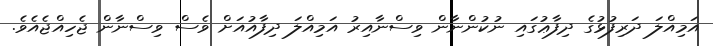
އަމިއްލަ ދަރިފުޅުގެ ދިފާޢުގައި ނުކުންނާން ވިސްނާއިރު އަމިއްލަ ދިފާއުއަށް ވެސް ވިސްނާން ޖެހިއްޖެއެވެ.